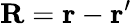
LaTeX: \mathbf{R}=\mathbf{r}-\mathbf{r}^{\prime}